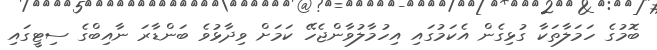
ބޮމުގެ ހަމަލާތަކާ ގުޅިގެން އެކަމުގައި އިހުމާލުވާންޖެހޭ ކަމަށް ވިދާޅުވެ ބަންޑާރަ ނާއިބްގެ ސިޓީގައި